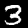
Label: 3